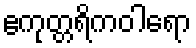
ဧကုတ္တရိကဝါရော